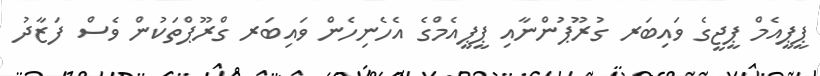
ޕީޕީއެމް ޕީޖީގެ ވައިބަރ ގުރޫޕުންނާއި ޕީޕީއެމްގެ އެހެނިހެން ވައިބަރ ގްރޫޕްތަކުން ވެސް ފަޒާދު